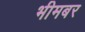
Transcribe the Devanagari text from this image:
भीमबर